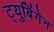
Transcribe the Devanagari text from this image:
ट्युबिंगेन